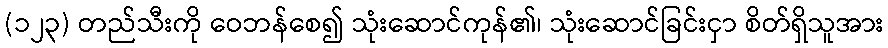
(၁၂၃) တည်သီးကို ဝေဘန်စေ၍ သုံးဆောင်ကုန်၏၊ သုံးဆောင်ခြင်းငှာ စိတ်ရှိသူအား